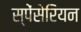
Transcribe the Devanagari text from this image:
स्पेंसेरियन